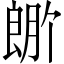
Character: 𬂆